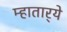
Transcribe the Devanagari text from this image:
म्हातार्‍ये